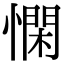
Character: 𢡿